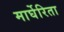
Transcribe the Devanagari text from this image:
मार्घेरिता